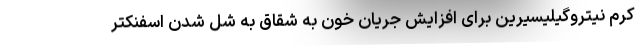
کرم نیتروگیلیسیرین برای افزایش جریان خون به شقاق به شل شدن اسفنکتر